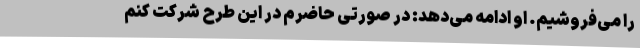
را می‌فروشیم. او ادامه می‌دهد: در صورتی حاضرم در این طرح شرکت کنم